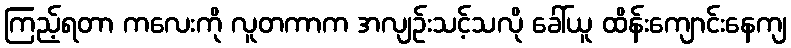
ကြည့်ရတာ ကလေးကို လူတကာက အလျဉ်းသင့်သလို ခေါ်ယူ ထိန်းကျောင်းနေကျ